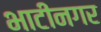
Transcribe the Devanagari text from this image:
भाटीनगर